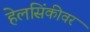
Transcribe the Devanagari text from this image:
हेलसिंकीवर